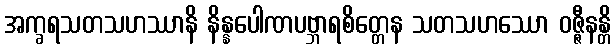
အက္ခရသတသဟဿာနိ နိန္နပေါဏပဗ္ဘာရစိတ္တေန သတသဟဿော ဝဇ္ဇီနန္တိ